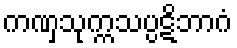
ကဏှသုက္ကသပ္ပဋိဘာဂံ